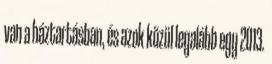
van a háztartásban, és azok közül legalább egy 2013.